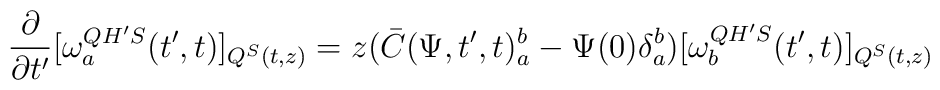
\frac{\partial}{\partial  t'} [\omega_{a}^{QH'S}(t',t)]_{Q^{S}(t,z)}=z(\bar{C}(\Psi,t',t)_{a}^{b}- \Psi(0)\delta_{a}^{b})[\omega_{b}^{QH'S}(t',t)]_{Q^{S}(t,z)}